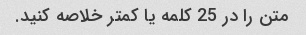
متن را در 25 کلمه یا کمتر خلاصه کنید.